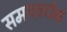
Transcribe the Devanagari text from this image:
समयवर्धक